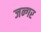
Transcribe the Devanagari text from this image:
जन्गर